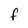
Character: f